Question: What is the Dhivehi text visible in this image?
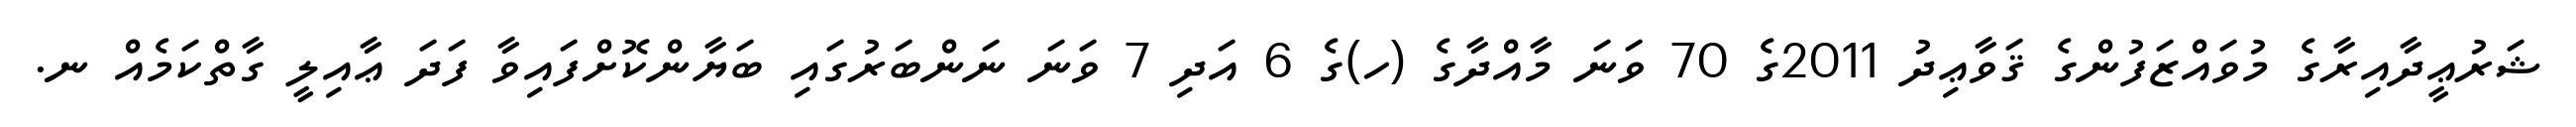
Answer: ޝަރުޢީދާއިރާގެ މުވައްޒަފުންގެ ޤަވާޢިދު 2011ގެ 70 ވަނަ މާއްދާގެ (ހ)ގެ 6 އަދި 7 ވަނަ ނަންބަރުގައި ބަޔާންކޮށްފައިވާ ފަދަ ޢާއިލީ ގާތްކަމެއް ނ.